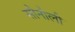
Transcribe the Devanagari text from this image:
सौनौली